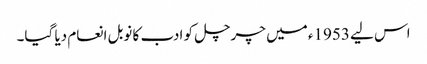
اس لیے 1953ء میں چرچل کو ادب کا نوبل انعام دیا گیا۔